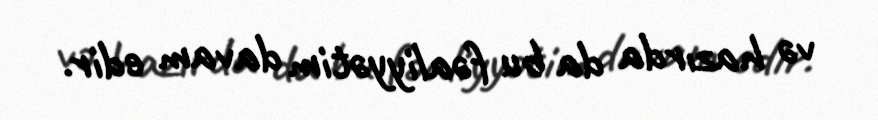
və hazırda da bu fəaliyyətim davam edir.